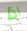
اذا